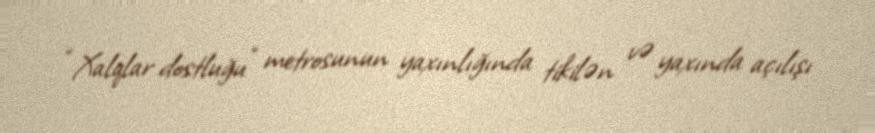
“Xalqlar dostluğu” metrosunun yaxınlığında tikilən və yaxında açılışı